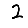
Digit: 2